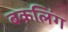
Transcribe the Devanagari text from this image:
बकलिंग